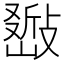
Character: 𢿚